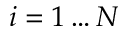
i = 1 \dots N